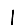
Digit: 1